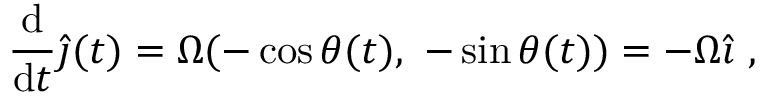
{ \frac { \mathrm { d } } { \mathrm { d } t } } { \hat { \boldsymbol { \jmath } } } ( t ) = \Omega ( - \cos \theta ( t ) , \ - \sin \theta ( t ) ) = - \Omega { \hat { \boldsymbol { \imath } } } \ ,